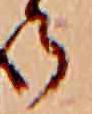
ら